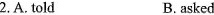
2.A.Told B. asked